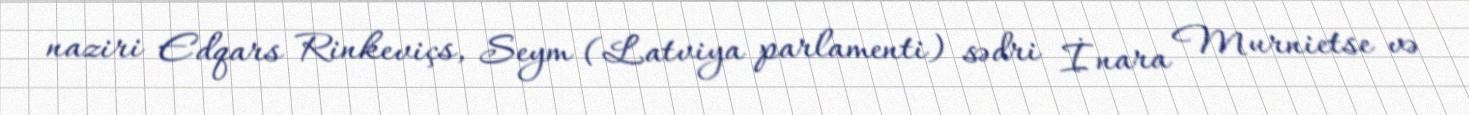
naziri Edqars Rinkeviçs, Seym (Latviya parlamenti) sədri İnara Murnietse və